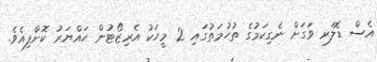
އެސް ޑޮލަރ ވަގަށް ނެގިކަމުގެ ތުހުމަތުގައި 2 މީހަކު އެރިޒޯޓުން ހައްޔަރު ކޮށްފިއެވެ.